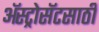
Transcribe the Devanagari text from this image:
ॲस्ट्रोसॅटसाठी